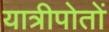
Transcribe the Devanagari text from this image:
यात्रीपोतों